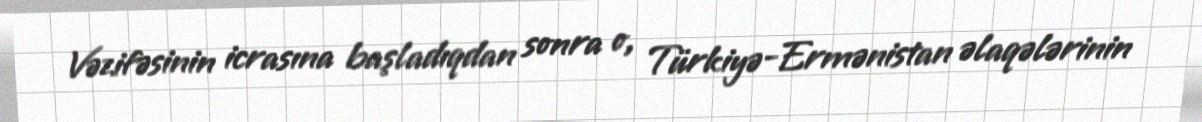
Vəzifəsinin icrasına başladıqdan sonra o, Türkiyə-Ermənistan əlaqələrinin